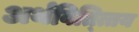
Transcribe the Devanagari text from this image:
अर्थवित्त्तिय